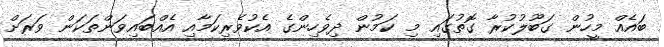
ބައެއް މީހުން ގަބޫލުކުރާ ގޮތުގައި މި ކަމުން ދިވެހިންގެ އެކުވެރިކަމާއި އެއްބައިވަންތަކަން ވަރަށް